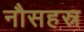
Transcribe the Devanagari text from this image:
नौसहस्र